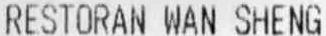
RESTORAN WAN SHENG